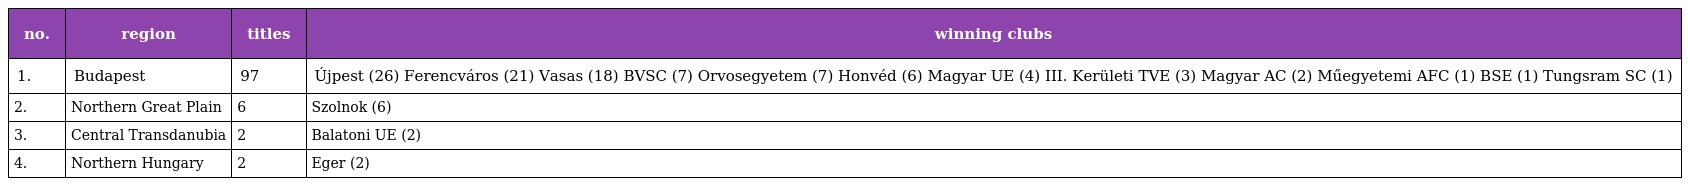
| no. | region | titles | winning clubs |
 | --- | --- | --- | --- |
 | 1. | Budapest | 97 | Újpest (26) Ferencváros (21) Vasas (18) BVSC (7) Orvosegyetem (7) Honvéd (6) Magyar UE (4) III. Kerületi TVE (3) Magyar AC (2) Műegyetemi AFC (1) BSE (1) Tungsram SC (1) |
 | 2. | Northern Great Plain | 6 | Szolnok (6) |
 | 3. | Central Transdanubia | 2 | Balatoni UE (2) |
 | 4. | Northern Hungary | 2 | Eger (2) |